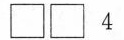
\Box \Box 4